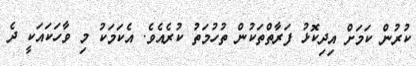
ކުރުން ކަމަށް އިދިކޮޅު ފަރާތްތަކުން ތުހުމަތު ކުރެއެވެ. އެކަމަކު މި ވާހަކައަކީ ދެ